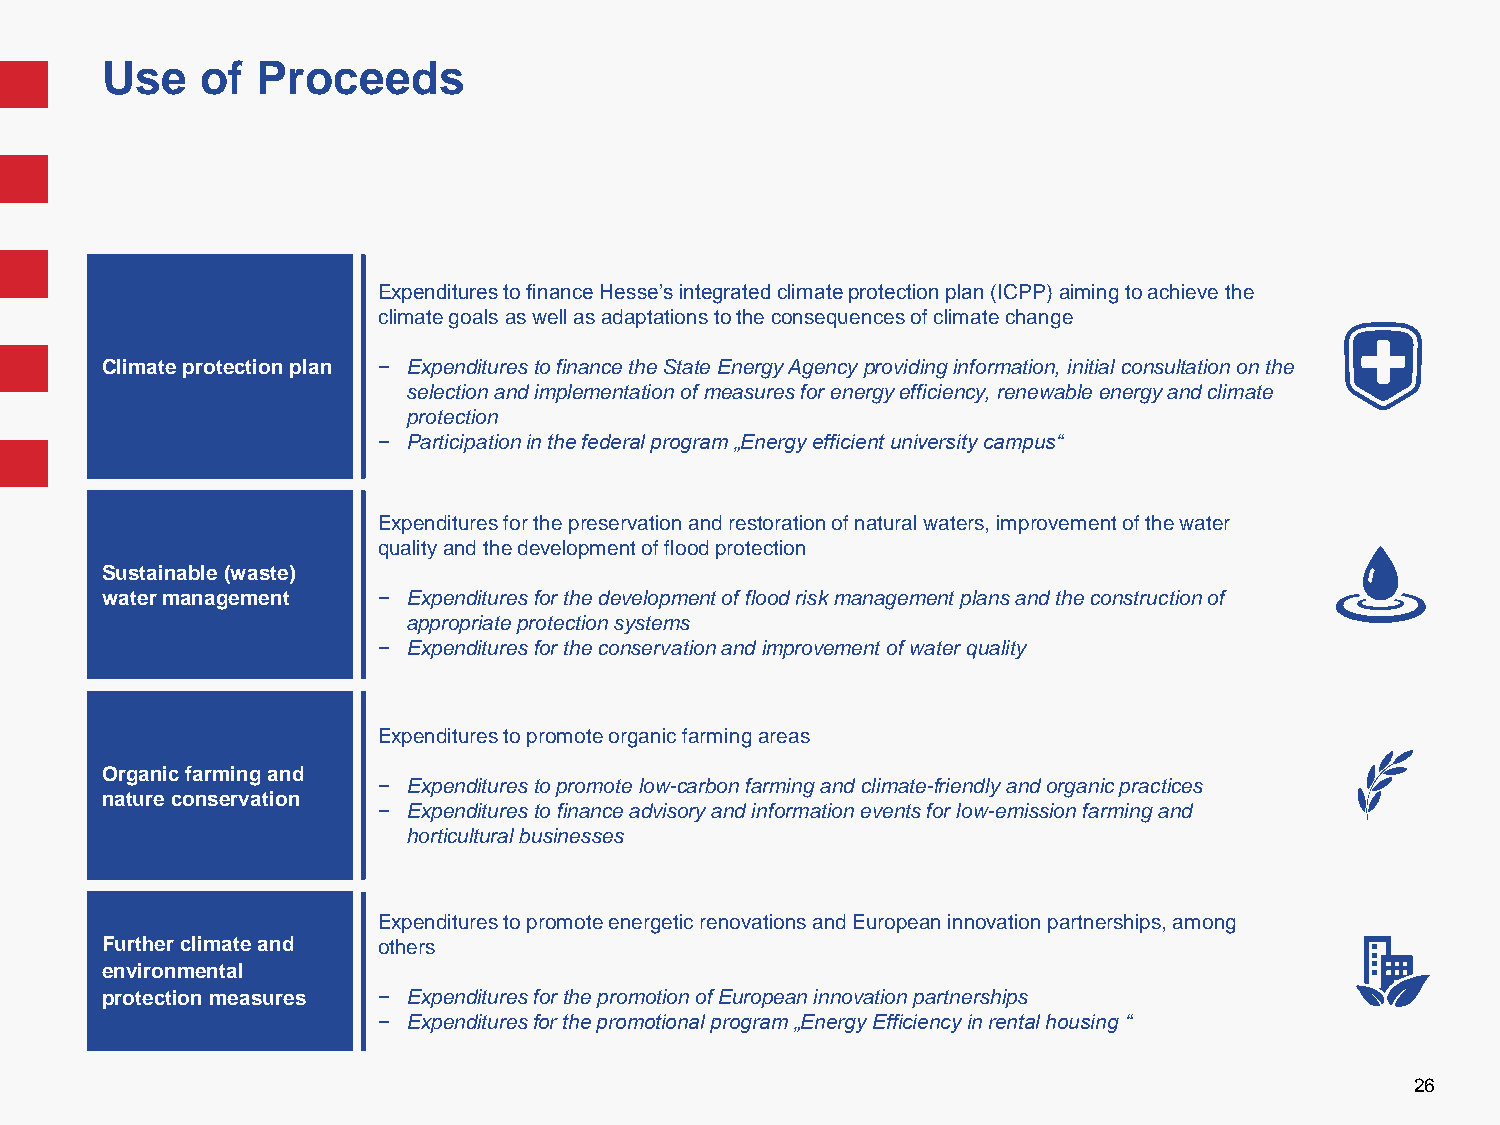
Use   of  Proceeds
 Expenditures to finance Hesse’s integrated climate protection plan (ICPP) aiming to achieve the
 climate goals as well as adaptations to the consequences of climate change
 Climate protection plan − Expenditures to finance the State Energy Agency providing information, initial consultation on the
 selection and implementation of measures for energy efficiency, renewable energy and climate
 protection
 − Participation in the federal program „Energy efficient university campus“
 Expenditures for the preservation and restoration of natural waters, improvement of the water
 quality and the development of flood protection
 Sustainable (waste)
 water management  − Expenditures for the development of flood risk management plans and the construction of
 appropriate protection systems
 − Expenditures for the conservation and improvement of water quality
 Expenditures to promote organic farming areas
 Organic farming and
 − Expenditures to promote low-carbon farming and climate-friendly and organic practices
 nature conservation
 − Expenditures to finance advisory and information events for low-emission farming and
 horticultural businesses
 Expenditures to promote energetic renovations and European innovation partnerships, among
 Further climate and others
 environmental
 protection measures − Expenditures for the promotion of European innovation partnerships
 − Expenditures for the promotional program „Energy Efficiency in rental housing “
 26